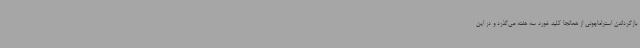
بازگرداندن استراماچونی از همانجا کلید خورد سه هفته می‌گذرد و در این